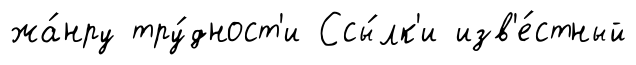
жа́нру тру́дност'и Ссы́лк'и изв'е́стный